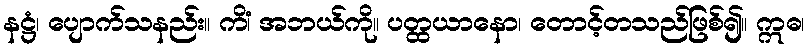
နဋ္ဌံ၊ ပျောက်သနည်း။ ကိံ၊ အဘယ်ကို။ ပတ္ထယာနော၊ တောင့်တသည်ဖြစ်၍။ ဣဓ၊